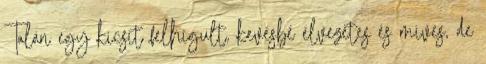
Talán egy kicsit felhígult, kevésbé élvezetes és míves, de